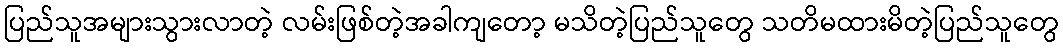
ပြည်သူအများသွားလာတဲ့ လမ်းဖြစ်တဲ့အခါကျတော့ မသိတဲ့ပြည်သူတွေ သတိမထားမိတဲ့ပြည်သူတွေ